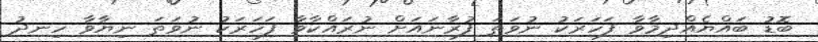
ބޮޑު ބައްޔެއްދިމާވާ ފަހަރަކު ނުވަތަ ފުރާނައަށް ނުރައްކާވާ ފަހަރަކު ނުވަތަ ނިޔާވާ ހިނދު